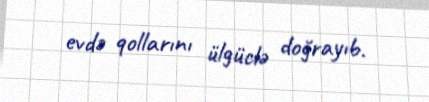
evdə qollarını ülgüclə doğrayıb.